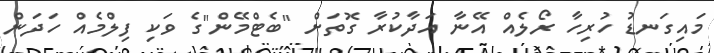
މައިގަނޑު ހުރިހާ ރޯލެއް އޭނާ އަދާކުރާ ގޮތަށް "ބެޓްމޭން"ގެ ވަކި ފިލްމެއް ހަދަން